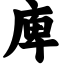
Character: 庳